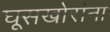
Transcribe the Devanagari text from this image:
घूसखोरांना